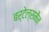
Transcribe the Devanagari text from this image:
बर्टेल्समैन